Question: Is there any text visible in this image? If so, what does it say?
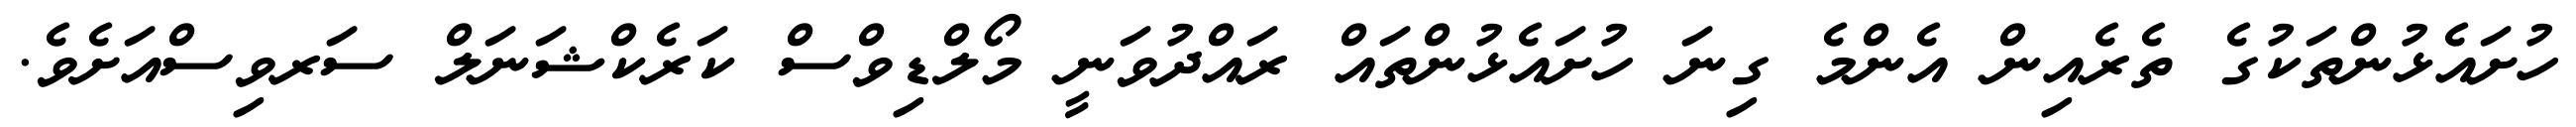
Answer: ހުށައެޅުންތަކުގެ ތެރެއިން އެންމެ ގިނަ ހުށައެޅުންތައް ރައްދުވަނީ މޯލްޑިވްސް ކަރެކްޝަނަލް ސަރވިސްއަށެވެ.